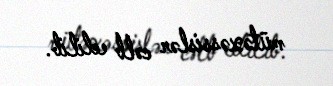
mütəxəssislər cəlb edilib.